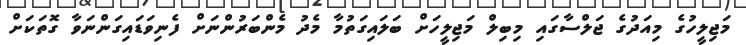
މަޖިލީހުގެ މިއަދުގެ ޖަލްސާގައި މިބިލް މަޖިލީހަށް ބަލައިގަތުމާ މެދު މެންބަރުންނަށް ފެނިވަޑައިގަންނަވާ ގޮތަކަށް